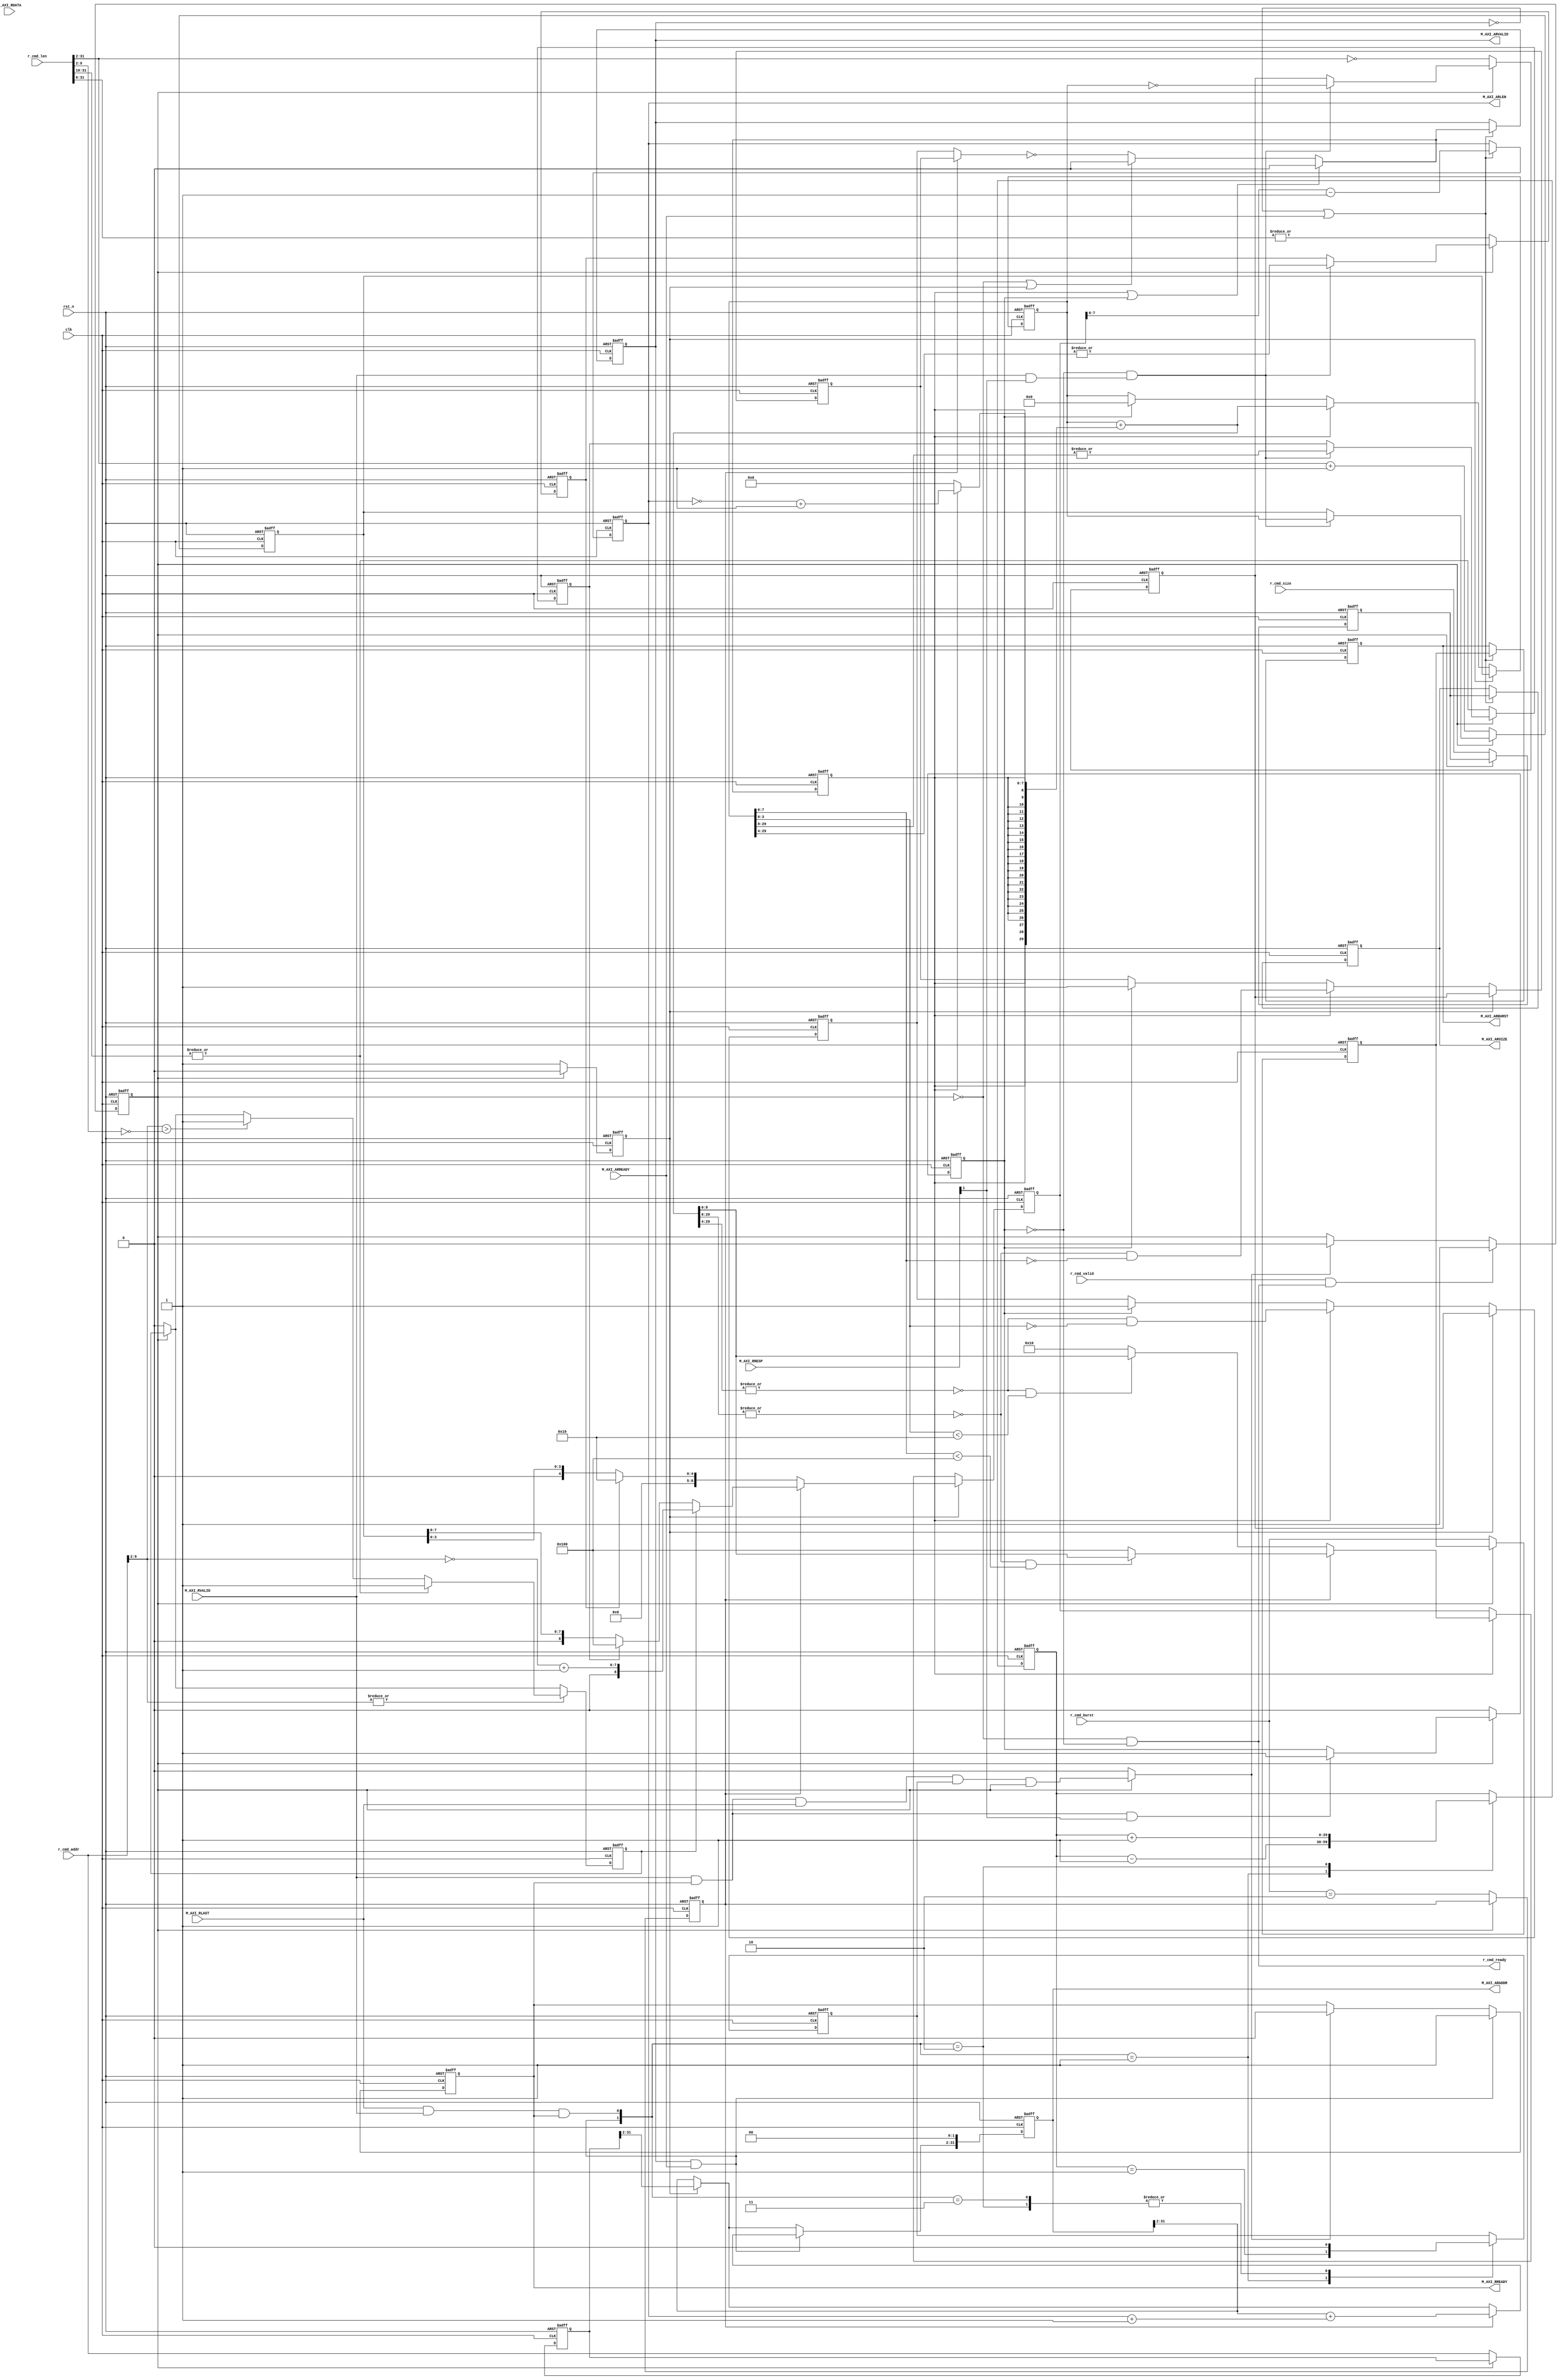
module axi_master_r #(
    parameter ADDR_WD = 32,
    parameter DATA_WD = 32,
    parameter STRB_WD = ADDR_WD / 8
    )(
    input clk,
    input rst_n,
    
    input                    r_cmd_valid,
    input  [1 : 0]           r_cmd_burst, //Burst
    input  [2 : 0]           r_cmd_size,  //byte
    input  [ADDR_WD - 1 : 0] r_cmd_addr,  //
    input  [ADDR_WD - 1 : 0] r_cmd_len,   //real_len = r_cmd_len + 1
    output                   r_cmd_ready,

    output                   M_AXI_ARVALID,
    output [1 : 0]           M_AXI_ARBURST,
    output [2 : 0]           M_AXI_ARSIZE,
    output [ADDR_WD - 1 : 0] M_AXI_ARADDR,
    output [7 : 0]           M_AXI_ARLEN, //INCRFIXEDINCR0~255 FIXED0~15 WRAP 1 3 7 15
    input                    M_AXI_ARREADY,

    input                    M_AXI_RVALID,
    input                    M_AXI_RLAST, //burst
    input [DATA_WD - 1 : 0]  M_AXI_RDATA, //
    input [1 : 0]            M_AXI_RRESP, //00OK  01exclusive OK 1011 error
    output                   M_AXI_RREADY

    );

    localparam OPT_UNALIGNED = 1'b0;

    localparam FIXED = 2'b00;
    localparam INCR  = 2'b10;
    localparam WRAP  = 2'b11;

    localparam ADDRLSB         = $clog2(DATA_WD / 8);
    //byteADDRLSBn
    //DATA_WD = 32ADDRLSB = 24byteADDRleast significant bits
    localparam TEMP_LGMAXBURST = $clog2(4096 * 8 / DATA_WD);
    //4Kburst4k bytelog
    //DATA_WD = 32TEMP_LGMAXBURST = 10BURST2^101024
    //DATA_WD = 256,$clog2(4096/32) = $clog2(128) = 7LGMAXBURST7burst4k
    localparam LGMAXBURST      = (TEMP_LGMAXBURST > 8) ? 8 : TEMP_LGMAXBURST;
    //BURSTINCRBURST256 = 2^8TEMP_LGMAXBURST8256TEMP
    localparam LGMAX_FIXED_BURST = (LGMAXBURST > 4) ? 4 : LGMAXBURST;
    //FIXEDBURST16 = 2^4TEMP_LGMAXBURSTTEMPLGMAXBURST8
    //LGMAXBURST4TEMP
    localparam MAX_FIXED_BURST   = 1 << LGMAX_FIXED_BURST;
    //FIXEDBURST
    localparam LGLEN             = ADDR_WD;
    //CMD
    localparam LGLENT            = ADDR_WD - ADDRLSB;
    //CMD
    //BURSTBURSTread_outstanding

    //M_AXI_ARLEN
    //4k
    //burstoutstanding
    //ar_len-1

    //
    //---Update when r_cmd_fire---
    reg [ADDR_WD - 1 : 0]    ar_addr; //CMD
    reg [1 : 0]              ar_burst; //CMDBurst
    reg [LGLENT - 1 : 0]     ar_len_t; //BURSTBURSTreal_lenbyte = ar_len_t << ADDRLSB
    reg [2 : 0]              ar_size; //

    //
    reg                      r_busy; //r_cmd_firebusy
    reg                      ar_incr_burst; //BURSTINCR1
    reg                      ar_zero_len; //01
    reg                      ar_multi_full_bursts; //INCRBURST
    reg                      ar_multi_fixed_bursts; //FIXEDBURST
    reg                      ar_need_4K_design; //4K

    reg [LGMAXBURST : 0]     initial_burst_len_comb; //burstcomb
    reg [LGMAXBURST - 1 : 0] addr_align_burst_comb;  //4Kburst4K

    //---update when the first beat of r_busy and phantom_start---
    reg                      r_pre_start; //r_busyr_pre_startr_busystart_burst

    reg [LGLENT - 1 : 0]     ar_requests_remaining; //
    reg [LGLENT - 1 : 0]     ar_next_requests_remaining_comb; //phantom_startr_busy

    reg                      ar_multi_full_bursts_remaining; //INCRBURST
    reg                      ar_next_multi_full_bursts_remaining_comb;
    reg                      ar_none_incr_burst; //INCR

    reg                      ar_multi_fixed_bursts_remaining; //FIXEDBURST
    reg                      ar_next_multi_fixed_bursts_remaining_comb;
    reg                      ar_none_fixed_burst; //FIXED

    reg [LGMAXBURST : 0]     ar_next_burst; //burst

    //---update when start_burst_comb--
    reg                      axi_arvalid; //axireg
    reg [LGMAXBURST - 1 : 0] axi_arlen;   //ar_next_burstaxi_arlen
    reg                      phantom_start; //

    reg [1 : 0]           axi_arburst;
    reg [2 : 0]           axi_arsize;
    reg [ADDR_WD - 1 : 0] axi_araddr;
    reg                   axi_abort_pending; //
    reg                   axi_rready;

    //only update when phantom start or M_AXI_RLAST
    reg [LGLENT - 1 : 0] ar_burst_outstanding; //burst
    reg                  ar_last_outstanding;  //burst
    reg                  ar_none_outstanding;  //burst

    reg                  r_complete_comb; //BURST
    
    //
    reg                   r_cmd_fire_comb;
    reg                   start_burst_comb; //

    //------------------------------------------------------------------------
    //

    //r_cmd_fire_comb
    always @(*) begin
        r_cmd_fire_comb = r_cmd_valid && r_cmd_ready;
    end

    //r_busy
    always @(posedge clk or negedge rst_n) begin
        if(!rst_n) begin
            r_busy <= 1'b0;
        end
        else if (r_cmd_fire_comb) begin
            r_busy <= 1'b1;
        end
        else if (r_complete_comb) begin
            r_busy <= 1'b0;
        end
    end

    //r_complete_comb
    always @(*) begin
        if(!r_busy) begin
            r_complete_comb = 1'b0;
        end
        else begin
            r_complete_comb = (M_AXI_RVALID && M_AXI_RREADY && M_AXI_RLAST) && ar_none_outstanding && r_busy;
        end
    end
    
    //r_pre_start
    always @(posedge clk or negedge rst_n) begin
        if(!rst_n) begin
            r_pre_start <= 1'b1;
        end
        else if(r_busy) begin
            r_pre_start <= 1'b0;
        end
        else if (!r_busy) begin
            r_pre_start <= 1'b1;
        end
    end

    //start_burst_comb
    always @(*) begin
        start_burst_comb = ~(ar_incr_burst ? ar_none_incr_burst : ar_none_fixed_burst);
        if(!r_busy || r_pre_start) begin
            start_burst_comb = 1'b0;
        end
        if(phantom_start || axi_abort_pending) begin
            start_burst_comb = 1'b0;
        end
        // if(M_AXI_ARVALID && !M_AXI_ARREADY) begin
        //     start_burst_comb = 1'b0;
        // end
        //start_burst_combaxi_arvalid
    end

    //phantom_start
    always @(posedge clk or negedge rst_n) begin
        if(!rst_n) begin
            phantom_start <= 1'b0;
        end
        else begin
            phantom_start <= start_burst_comb;
        end
    end

    //------------------------------------------------------------------------
    //ar_len_t

    //---Update when r_cmd_fire---
    // reg [ADDR_WD - 1 : 0]    ar_addr; //CMD
    // reg [1 : 0]              ar_burst; //CMDBurst
    // reg [LGLENT - 1 : 0]     ar_len_t; //BURSTBURSTreal_lenbyte = ar_len_t << ADDRLSB
    // reg [2 : 0]              ar_size; //

    //
    // reg                      r_busy; //r_cmd_firebusy
    // reg                      ar_incr_burst; //BURSTINCR1
    // reg                      ar_zero_len; //01
    // reg                      ar_multi_full_bursts; //INCRBURST
    // reg                      ar_multi_fixed_bursts; //FIXEDBURST
    // reg                      ar_need_4K_design; //4K
    
    // reg [LGMAXBURST : 0]     initial_burst_len_comb; //burstcomb
    // reg [LGMAXBURST - 1 : 0] addr_align_burst_comb;  //4Kburst4K
    
    //ar_need_4K_design 4K
    always @(posedge clk or negedge rst_n) begin
        if(!rst_n) begin
            ar_need_4K_design <= 1'b0;
        end
        else begin
            if(!r_busy) begin
                ar_need_4K_design <= 1'b0;    
            end
            if(|r_cmd_addr[ADDRLSB +: LGMAXBURST]) begin //1k
                if(|r_cmd_len[ADDR_WD - 1 : (LGMAXBURST + ADDRLSB)]) begin
                    ar_need_4K_design <= 1'b1;
                end
                //r_cmd_addr[ADDRLSB +: LGMAXBURST] + (r_cmd_len[ADDRLSB +: LGMAXBURST] + 1) > 0 
                //burst1k3.5k + 600if
                // r_cmd_len[ADDRLSB +: LGMAXBURST] + ~r_cmd_len[ADDRLSB +: LGMAXBURST] + 1 = 0
                //r_cmd_len[ADDRLSB +: LGMAXBURST] + 1 = -~r_cmd_len[ADDRLSB +: LGMAXBURST]
                //r_cmd_addr[ADDRLSB +: LGMAXBURST] > ~r_cmd_len[ADDRLSB +: LGMAXBURST]
                else if (r_cmd_addr[ADDRLSB +: LGMAXBURST] > ~r_cmd_len[ADDRLSB +: LGMAXBURST]) begin
                    ar_need_4K_design <= 1'b1;
                end
            end
        end
    end

    //initial_burst_len_comb[LGMAXBURST : 0] burst
    //addr_align_burst_comb[LGMAXBURST - 1 : 0]  4Kburst
    always @(*) begin
        addr_align_burst_comb = ~r_cmd_addr[ADDRLSB +: LGMAXBURST] + 1;
        //r_cmd_addr[ADDRLSB +: LGMAXBURST] + (~r_cmd_addr[ADDRLSB +: LGMAXBURST] + 1) = 0 1K
        //a = 011 'a = 101a + 'a = (1)0001
        //addr_align_burst_comb1K1K
        initial_burst_len_comb = 1 << LGMAXBURST;
        if(!ar_incr_burst) begin
            if(!ar_multi_fixed_bursts) begin
                initial_burst_len_comb = {1'b0,ar_len_t[LGMAX_FIXED_BURST - 1 : 0]}; //FIXED    
            end
            else begin
                initial_burst_len_comb = MAX_FIXED_BURST; 
            end
        end
        else if(ar_need_4K_design) begin
            initial_burst_len_comb = {1'b0,addr_align_burst_comb};
        end
        else if(!ar_multi_full_bursts) begin
            initial_burst_len_comb = {1'b0,ar_len_t[LGMAXBURST - 1 : 0]};//INCR
        end
    end

    always @(posedge clk or negedge rst_n) begin
        if(!rst_n) begin
            ar_addr               <= 'b0;
            ar_burst              <= FIXED;
            ar_len_t              <= 'b0;
            ar_size               <= 'b0;
            ar_incr_burst         <= 'b0;
            ar_zero_len           <= 'b0;
            ar_multi_full_bursts  <= 'b0;
            ar_multi_fixed_bursts <= 'b0;
        end
        else if(!r_busy) begin //r_cmd_fire_comb
                               //r_cmd_fire_combbusy
            ar_addr               <= r_cmd_addr;
            ar_burst              <= r_cmd_burst;
            ar_len_t              <= r_cmd_len[ADDR_WD - 1 : ADDRLSB] + 1; //r_cmd_len = 01107
            ar_size               <= r_cmd_size;
            ar_incr_burst         <= (r_cmd_burst == INCR);
            ar_zero_len           <= (r_cmd_len[ADDR_WD - 1 : ADDRLSB] == 0); 
            //4[31 2]011
            ar_multi_full_bursts  <= (|r_cmd_len[ADDR_WD - 1 : LGMAXBURST + ADDRLSB]);
            ar_multi_fixed_bursts <= (|r_cmd_len[ADDR_WD - 1 : LGMAX_FIXED_BURST + ADDRLSB]);
        end
        else if(!axi_abort_pending && (M_AXI_RVALID && M_AXI_RRESP[1])) begin
            //burst
            ar_zero_len           <= (ar_requests_remaining == 0);
            ar_len_t              <= ar_requests_remaining;
            ar_multi_full_bursts  <= (|ar_requests_remaining[LGLENT - 1 : LGMAXBURST]);
            ar_multi_fixed_bursts <= (|ar_requests_remaining[LGLENT - 1 : LGMAX_FIXED_BURST]);
        end
    end

    //---update when the first beat of r_busy and phantom_start---
    // reg [LGLENT - 1 : 0]     ar_requests_remaining; //
    // reg [LGLENT - 1 : 0]     ar_next_requests_remaining_comb; //phantom_startr_busy

    // reg                      ar_multi_full_bursts_remaining; //INCRBURST
    // reg                      ar_next_multi_full_bursts_remaining_comb;
    // reg                      ar_none_incr_burst; //INCR

    // reg                      ar_multi_fixed_bursts_remaining; //FIXEDBURST
    // reg                      ar_next_multi_fixed_bursts_remaining_comb;
    // reg                      ar_none_fixed_burst; //FIXED

    // reg [LGMAXBURST : 0]     ar_next_burst; //burst
    

    //ar_next_requests_remaining_comb
    //ar_next_multi_full_bursts_remaining_comb
    //ar_next_multi_fixed_bursts_remaining_comb
    always @(*) begin
        ar_next_requests_remaining_comb           = ar_requests_remaining + {{(LGLENT - 8){phantom_start}},(phantom_start ? (~M_AXI_ARLEN + 1'b1) : 8'h00)};
        //ar_requests_remaining - M_AXI_ARLEN = ar_requests_remaining + ~M_AXI_ARLEN + 1'b1
        //M_AXI_ARLEN0phantom_startLGLENT-81
        ar_next_multi_full_bursts_remaining_comb  = |ar_next_requests_remaining_comb[LGLENT - 1 : LGMAXBURST];
        ar_next_multi_fixed_bursts_remaining_comb = |ar_next_requests_remaining_comb[LGLENT - 1 : LGMAX_FIXED_BURST];
    end

    //ar_requests_remaining
    always @(posedge clk or negedge rst_n) begin
        if(!rst_n) begin
            ar_requests_remaining           <= 'b0;
            ar_multi_full_bursts_remaining  <= 'b0;
            ar_none_incr_burst              <= 'b0;
            ar_multi_fixed_bursts_remaining <= 'b0;
            ar_none_fixed_burst             <= 'b0;
        end
        else if(r_pre_start) begin //burstar_len_t
            ar_requests_remaining           <= ar_len_t;
            ar_multi_full_bursts_remaining  <= |ar_len_t[LGLENT - 1 : LGMAXBURST];
            ar_none_incr_burst              <= ar_zero_len;
            ar_multi_fixed_bursts_remaining <= |ar_len_t[LGLENT - 1 : LGMAX_FIXED_BURST];
            ar_none_fixed_burst             <= ar_zero_len;
        end
        else if(phantom_start) begin //burstar_requests_remaining
            ar_requests_remaining           <= ar_next_requests_remaining_comb;
            ar_multi_full_bursts_remaining  <= ar_next_multi_full_bursts_remaining_comb;
            ar_none_incr_burst              <= !ar_next_multi_full_bursts_remaining_comb && (ar_requests_remaining[LGMAXBURST - 1 : 0] == 0);
            ar_multi_fixed_bursts_remaining <= ar_next_multi_fixed_bursts_remaining_comb;
            ar_none_fixed_burst             <= !ar_next_multi_fixed_bursts_remaining_comb && (ar_requests_remaining[LGMAX_FIXED_BURST - 1 : 0] == 0);
            // fixedburst0FIXED
        end
        else if(axi_abort_pending) begin //
            ar_requests_remaining           <= 'b0;
            ar_multi_full_bursts_remaining  <= 1'b0;
            ar_none_incr_burst              <= 1'b1;
            ar_multi_fixed_bursts_remaining <= 1'b0;
            ar_none_fixed_burst             <= 1'b1;
        end
    end

    //ar_next_burst burst
    always @(posedge clk or negedge rst_n) begin
        if(!rst_n) begin
            ar_next_burst <= 'b0;
        end
        else if(r_pre_start) begin //
            ar_next_burst <= initial_burst_len_comb;
        end
        else if(phantom_start) begin
                if(!ar_incr_burst) begin //FIXED
                    if(!ar_next_multi_fixed_bursts_remaining_comb && (ar_requests_remaining[LGMAX_FIXED_BURST - 1 : 0] < MAX_FIXED_BURST)) begin
                        ar_next_burst <= ar_next_requests_remaining_comb; //ar_next_busrt,0ar_next..ar_next_burst
                    end
                    else begin
                        ar_next_burst <= MAX_FIXED_BURST; //
                    end                                                          
                end
                else begin //INCR
                    if(!ar_next_multi_full_bursts_remaining_comb && (ar_requests_remaining[LGMAXBURST - 1 : 0] < (1 << LGMAXBURST))) begin
                        ar_next_burst <= ar_next_requests_remaining_comb; //ar_next_busrt,0ar_next..ar_next_burst
                    end
                    else begin
                        ar_next_burst <= 1 << LGMAXBURST; //
                    end 
                end
        end
    end

    //---update when start_burst_comb--
    // reg [LGMAXBURST - 1 : 0] axi_arlen;   //ar_next_burstaxi_arlen


    //
    // reg                   axi_arvalid; //axireg
    // reg [1 : 0]           axi_arburst;
    // reg [2 : 0]           axi_arsize;
    // reg [ADDR_WD - 1 : 0] axi_araddr;
    // reg                   axi_abort_pending; //
    // reg                   axi_rready;

    //axi_arvalid
    always @(posedge clk or negedge rst_n) begin
        if(!rst_n) begin
            axi_arvalid <= 'b0;
        end
        else if (!M_AXI_ARVALID || M_AXI_ARREADY) begin //start_burst_combvalid
            axi_arvalid <= start_burst_comb;            
        end
    end

    //axi_arlen
    always @(posedge clk or negedge rst_n) begin
        if(!rst_n) begin
            axi_arlen <= 'b0;
        end
        else if (!M_AXI_ARVALID || M_AXI_ARREADY) begin //start_burst_combarvalidaxi_arlen
            axi_arlen <= ar_next_burst - 1'b1;          //r_cmd_fire
        end
    end

    //axi_arburst
    always @(posedge clk or negedge rst_n) begin
        if(!rst_n) begin
            axi_arburst <= FIXED;
        end
        else if(!M_AXI_ARVALID || M_AXI_ARREADY) begin
            axi_arburst <= ar_burst;
        end
    end

    //axi_arsize
    always @(posedge clk or negedge rst_n) begin
        if(!rst_n) begin
            axi_arsize <= 'b0;
        end
        else if(!M_AXI_ARVALID || M_AXI_ARREADY) begin
            axi_arsize <= ar_size;
        end
    end

    //axi_araddr burst
    always @(posedge clk or negedge rst_n) begin
        if(!rst_n) begin
            axi_araddr <= 'b0;
        end
        else begin
            if(r_pre_start) begin //busyar_addraxi_araddrar_addrbusy
                axi_araddr <= ar_addr;
            end
            if(M_AXI_ARVALID && M_AXI_ARREADY) begin //burst
                axi_araddr[ADDRLSB - 1 : 0] <= 'b0; //ADDRLSB
                if(ar_incr_burst) begin //FIXED
                    axi_araddr[ADDR_WD - 1 : ADDRLSB] <= axi_araddr[ADDR_WD - 1 : ADDRLSB] + (M_AXI_ARLEN + 1'b1); //M_AXI_ARLEN = axi_arlen = (ar_next_burst - 1)
                end
            end
            if(!OPT_UNALIGNED) begin //OPT
                axi_araddr[ADDRLSB - 1 : 0] <= 'b0;
            end
        end
    end

    //axi_abort_pending
    always @(posedge clk or negedge rst_n) begin
        if(!rst_n) begin
            axi_abort_pending <= 0;
        end
        else begin
            if(M_AXI_RVALID && M_AXI_RREADY && M_AXI_RRESP[1]) begin //
                axi_abort_pending <= 1'b1;
            end
            if (!r_busy) begin //r_busyCMD
                axi_abort_pending <= 1'b0;
            end
        end
    end

    //axi_rready
    always @(posedge clk or negedge rst_n) begin
        if(!rst_n) begin
            axi_rready <= 1'b0;
        end
        else begin
            if(r_complete_comb) begin
                axi_rready <= 1'b0;
            end
            if(M_AXI_ARVALID && M_AXI_ARREADY) begin
                axi_rready <= 1'b1; //1
            end
        end 
    end

    //read_outstanding
    // reg [LGLENT - 1 : 0] ar_burst_outstanding; //burst
    // reg                  ar_last_outstanding;  //burst
    // reg                  ar_none_outstanding;  //burst

    always @(posedge clk or negedge rst_n) begin
        if (!rst_n) begin
            ar_burst_outstanding <= 'b0;
            ar_last_outstanding  <= 1'b0;
            ar_none_outstanding  <= 1'b1;
        end
        else begin
            case ({(M_AXI_ARVALID && M_AXI_ARREADY) , (M_AXI_RLAST && M_AXI_RVALID && M_AXI_RREADY)}) //{burstburst}
                2'b01: begin
                    ar_burst_outstanding <= (ar_burst_outstanding - 1);
                    ar_last_outstanding  <= (ar_burst_outstanding == 2);
                    ar_none_outstanding  <= (ar_burst_outstanding == 1);
                end
                2'b10: begin
                    ar_burst_outstanding <= (ar_burst_outstanding + 1);
                    ar_last_outstanding  <= (ar_burst_outstanding == 0);
                    ar_none_outstanding  <= 1'b0;
                end
                2'b11: begin
                    ar_burst_outstanding <= ar_burst_outstanding;
                    ar_last_outstanding  <= (ar_burst_outstanding == 1);
                    ar_none_outstanding  <= 1'b0;
                end
            endcase
        end
    end
   
    //
    assign M_AXI_ARVALID = axi_arvalid;
    assign M_AXI_ARADDR  = axi_araddr;
    assign M_AXI_ARBURST = axi_arburst;
    assign M_AXI_ARSIZE  = axi_arsize;
    assign M_AXI_ARLEN   = axi_arlen;
    assign M_AXI_RREADY  = axi_rready;
    assign r_cmd_ready   = !r_busy && !axi_abort_pending; //cmd


endmodule